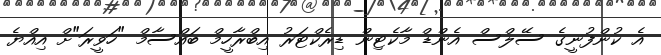
އެ ކުންފުނީގެ ސޭލްސް އެންޑް މާކެޓިން ޑިރެކްޓަރު އިބްރާހީމް ބައްސާމް "ހަވީރަ"ށް އިއްޔެ